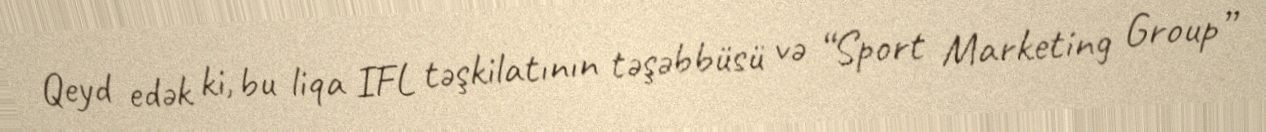
Qeyd edək ki, bu liqa IFL təşkilatının təşəbbüsü və “Sport Marketing Group”